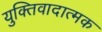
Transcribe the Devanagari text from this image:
युक्तिवादात्मक